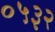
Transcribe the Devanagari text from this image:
०५३२